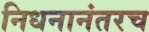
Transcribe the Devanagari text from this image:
निधनानंतरच